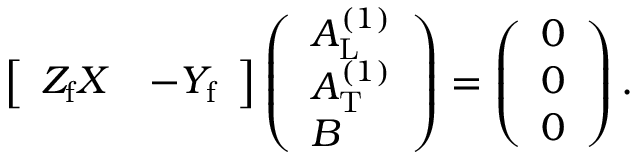
\begin{array} { r } { \left[ \begin{array} { l l } { Z _ { \mathrm { f } } X } & { - Y _ { \mathrm { f } } } \end{array} \right] \left( \begin{array} { l } { A _ { \mathrm { L } } ^ { ( 1 ) } } \\ { A _ { \mathrm { T } } ^ { ( 1 ) } } \\ { B } \end{array} \right) = \left( \begin{array} { l } { 0 } \\ { 0 } \\ { 0 } \end{array} \right) . } \end{array}